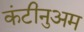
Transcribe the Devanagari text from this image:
कंटीनुअम